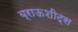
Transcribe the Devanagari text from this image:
ब्राऊशीट्स